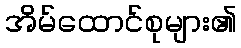
အိမ်ထောင်စုများ၏